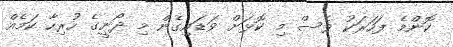
ކޮންމެ ފަހަރަކު ވެސް މި ކޮޅަށް ވަޑައިގެން މި ދޯނީގެ ހުރިހާ ކަމެއް